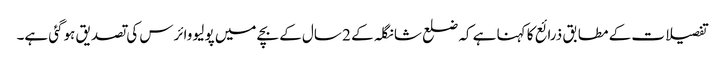
تفصیلات کے مطابق ذرائع کا کہنا ہے کہ ضلع شانگلہ کے 2 سال کے بچے میں پولیو وائرس کی تصدیق ہوگئی ہے۔